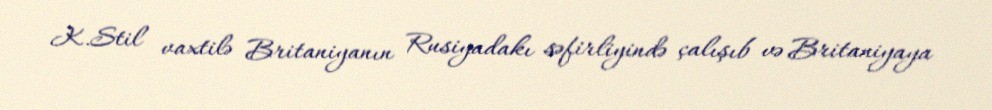
K.Stil vaxtilə Britaniyanın Rusiyadakı səfirliyində çalışıb və Britaniyaya